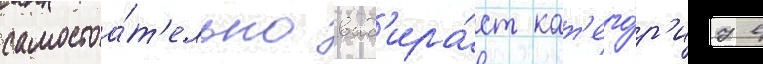
самостоа́т'ельно выб'ира́ет кат'его́р'иу в